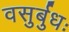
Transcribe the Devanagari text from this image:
वसुर्बुधः